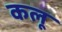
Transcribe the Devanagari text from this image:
कलू